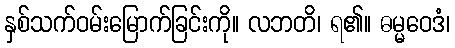
နှစ်သက်ဝမ်းမြောက်ခြင်းကို။ လဘတိ၊ ရ၏။ ဓမ္မဝေဒံ၊